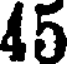
45